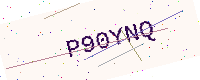
Text: P90YNQ